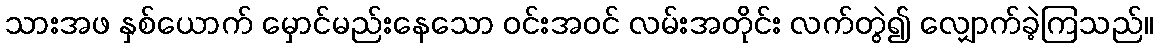
သားအဖ နှစ်ယောက် မှောင်မည်းနေသော ဝင်းအဝင် လမ်းအတိုင်း လက်တွဲ၍ လျှောက်ခဲ့ကြသည်။